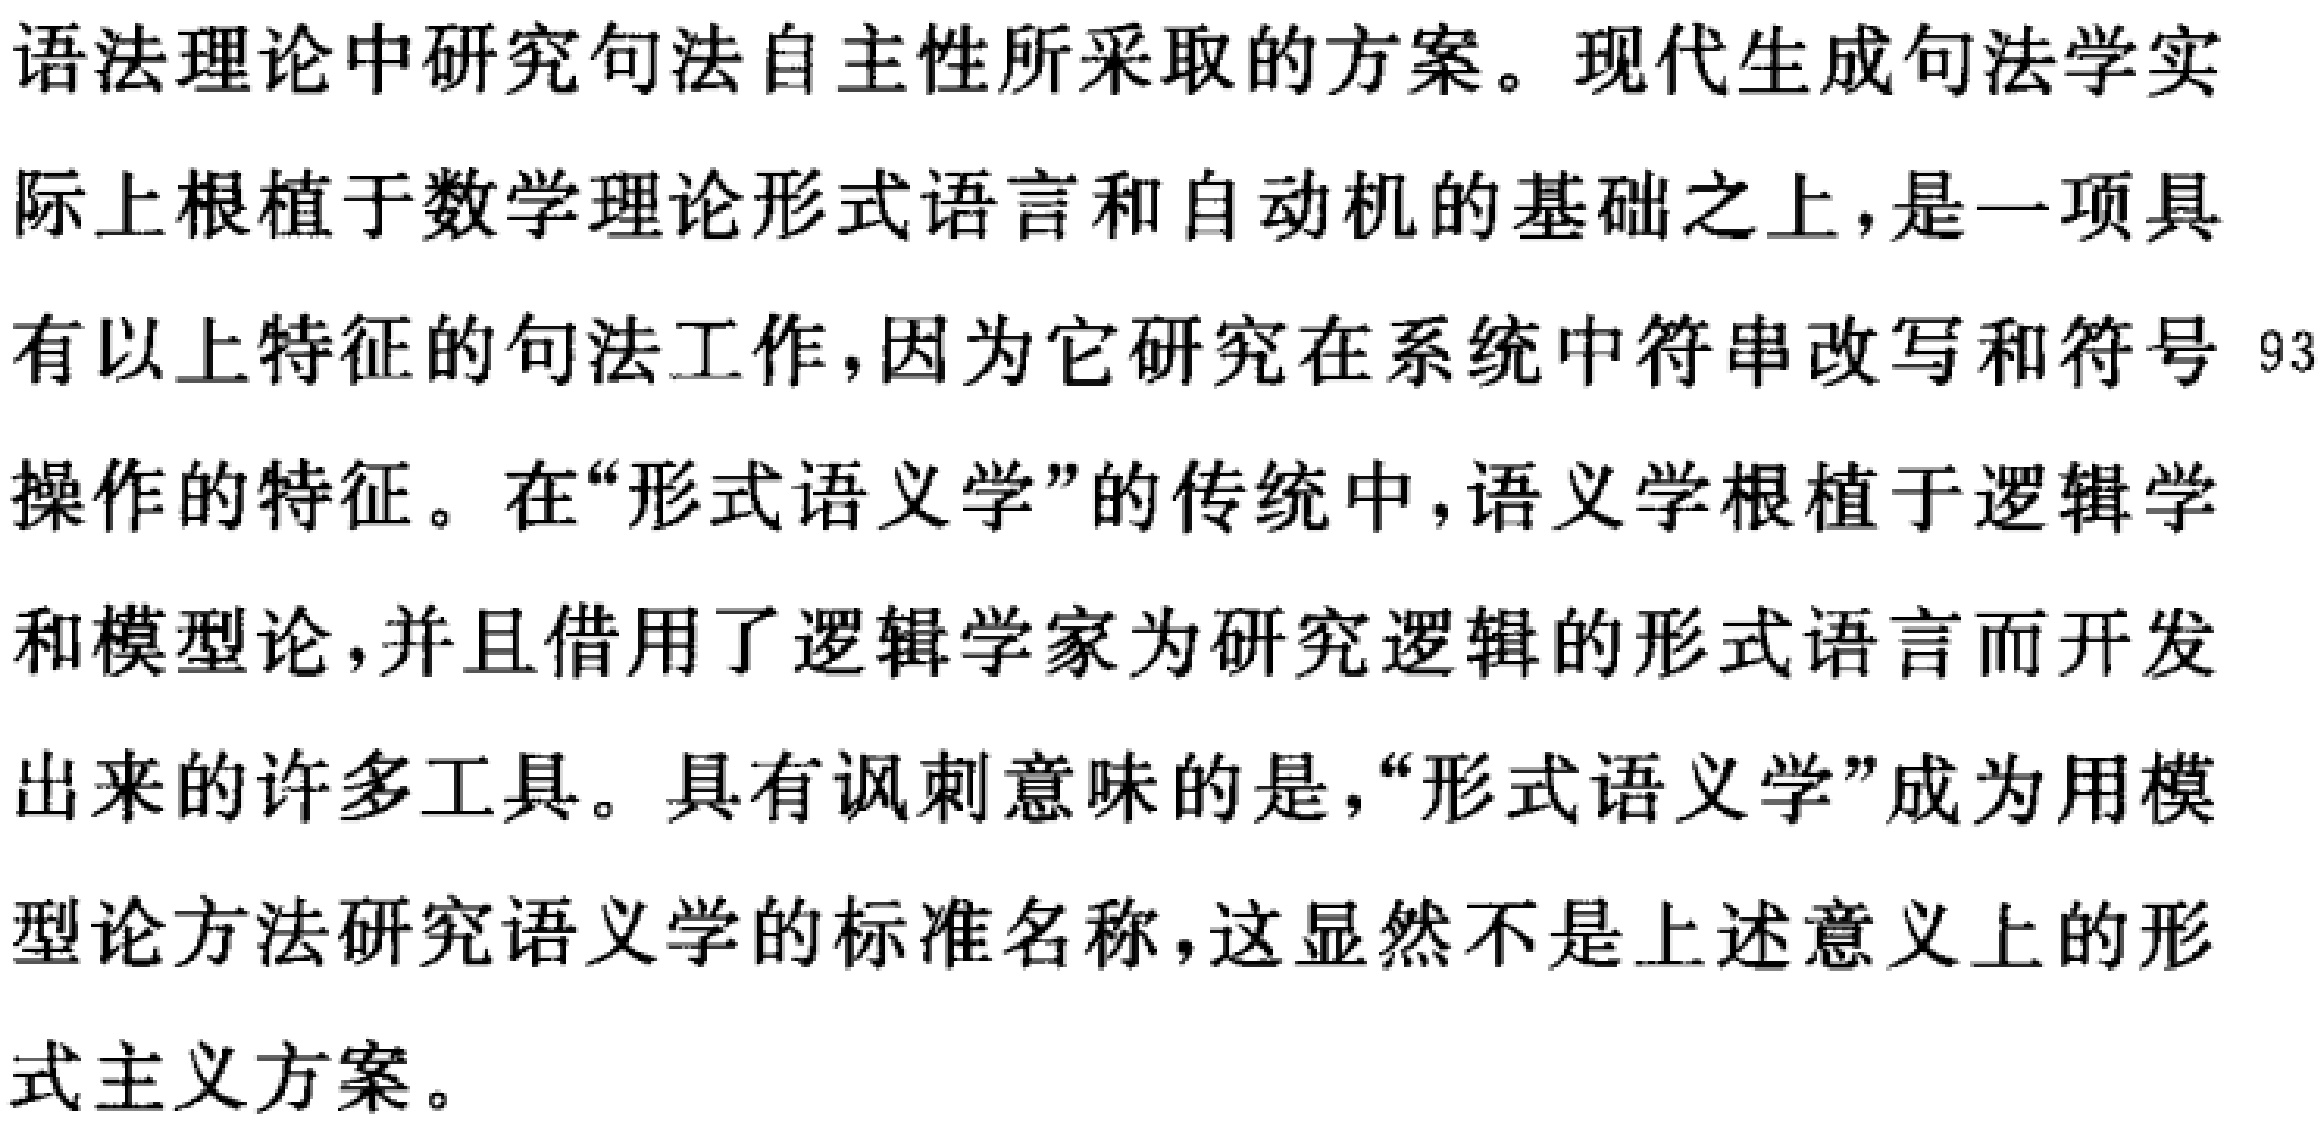
语法理论中研究句法自主性所采取的方案。现代生成句法学实际上根植于数学理论形式语言和自动机的基础之上，是一项具有以上特征的句法工作，因为它研究在系统中符串改写和符号 93操作的特征。在“形式语义学”的传统中，语义学根植于逻辑学和模型论，并且借用了逻辑学家为研究逻辑的形式语言而开发出来的许多工具。具有讽刺意味的是，“形式语义学”成为用模型论方法研究语义学的标准名称，这显然不是上述意义上的形式主义方案。